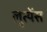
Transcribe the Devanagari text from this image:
लुत्येंस